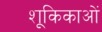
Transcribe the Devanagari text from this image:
शूकिकाओं